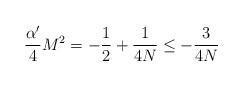
LaTeX: \begin{align*}\frac{\alpha'}4 M^2 = -\frac12+\frac1{4N} \le -\frac3{4N}\end{align*}